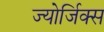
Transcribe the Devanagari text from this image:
ज्योर्जिक्स